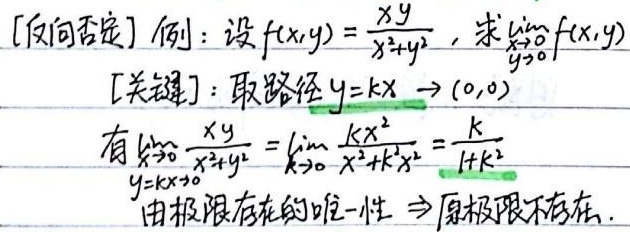
[反向否定] 例：设\(f(x,y)=\frac{xy}{x^{2}+y^{2}}\)，求\(\lim\limits_{\substack{x\to 0\\y\to 0}}f(x,y)\)
[关键]：取路径\(y = kx\to(0,0)\)
有\(\lim\limits_{\substack{x\to 0\\y = kx\to 0}}\frac{xy}{x^{2}+y^{2}}=\lim\limits_{k\to 0}\frac{kx^{2}}{x^{2}+k^{2}x^{2}}=\frac{k}{1 + k^{2}}\)
由极限存在的唯一性\(\Rightarrow\)原极限不存在.